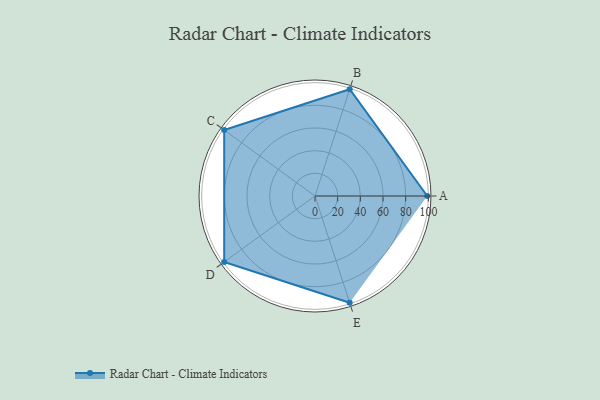
{"axis": {"x": "Skill", "y": "Score"}, "legend": ["Profile"], "data": [{"x": "A", "y": 99.0, "type": "Profile"}, {"x": "B", "y": 99, "type": "Profile"}, {"x": "C", "y": 99, "type": "Profile"}, {"x": "D", "y": 99, "type": "Profile"}, {"x": "E", "y": 99, "type": "Profile"}]}